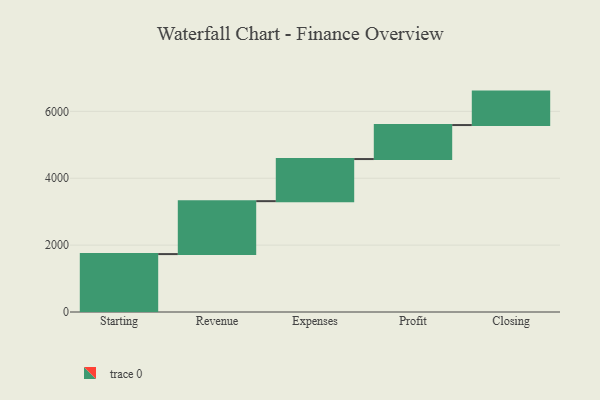
{"axis": {"x": "Step", "y": "Value"}, "legend": [""], "data": [{"x": "Starting", "y": 1732.0, "type": ""}, {"x": "Revenue", "y": 1583.0, "type": ""}, {"x": "Expenses", "y": 1259.0, "type": ""}, {"x": "Profit", "y": 1017.0, "type": ""}, {"x": "Closing", "y": 1000, "type": ""}]}